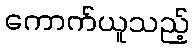
ကောက်ယူသည့်